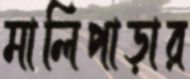
মালিপাড়ার